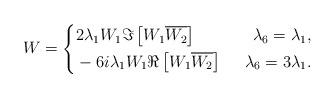
LaTeX: \begin{align*} W=\left\{\begin{aligned}&2\lambda_1W_1\Im\left[W_1\overline{W_2}\right] &\ \lambda_6=\lambda_1, \\&-6i\lambda_1W_1\Re\left[W_1\overline{W_2}\right] &\ \ \lambda_6=3\lambda_1.\end{aligned}\right.\end{align*}